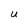
Character: U